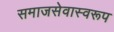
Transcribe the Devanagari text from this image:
समाजसेवास्वरूप